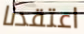
اعتقدنا